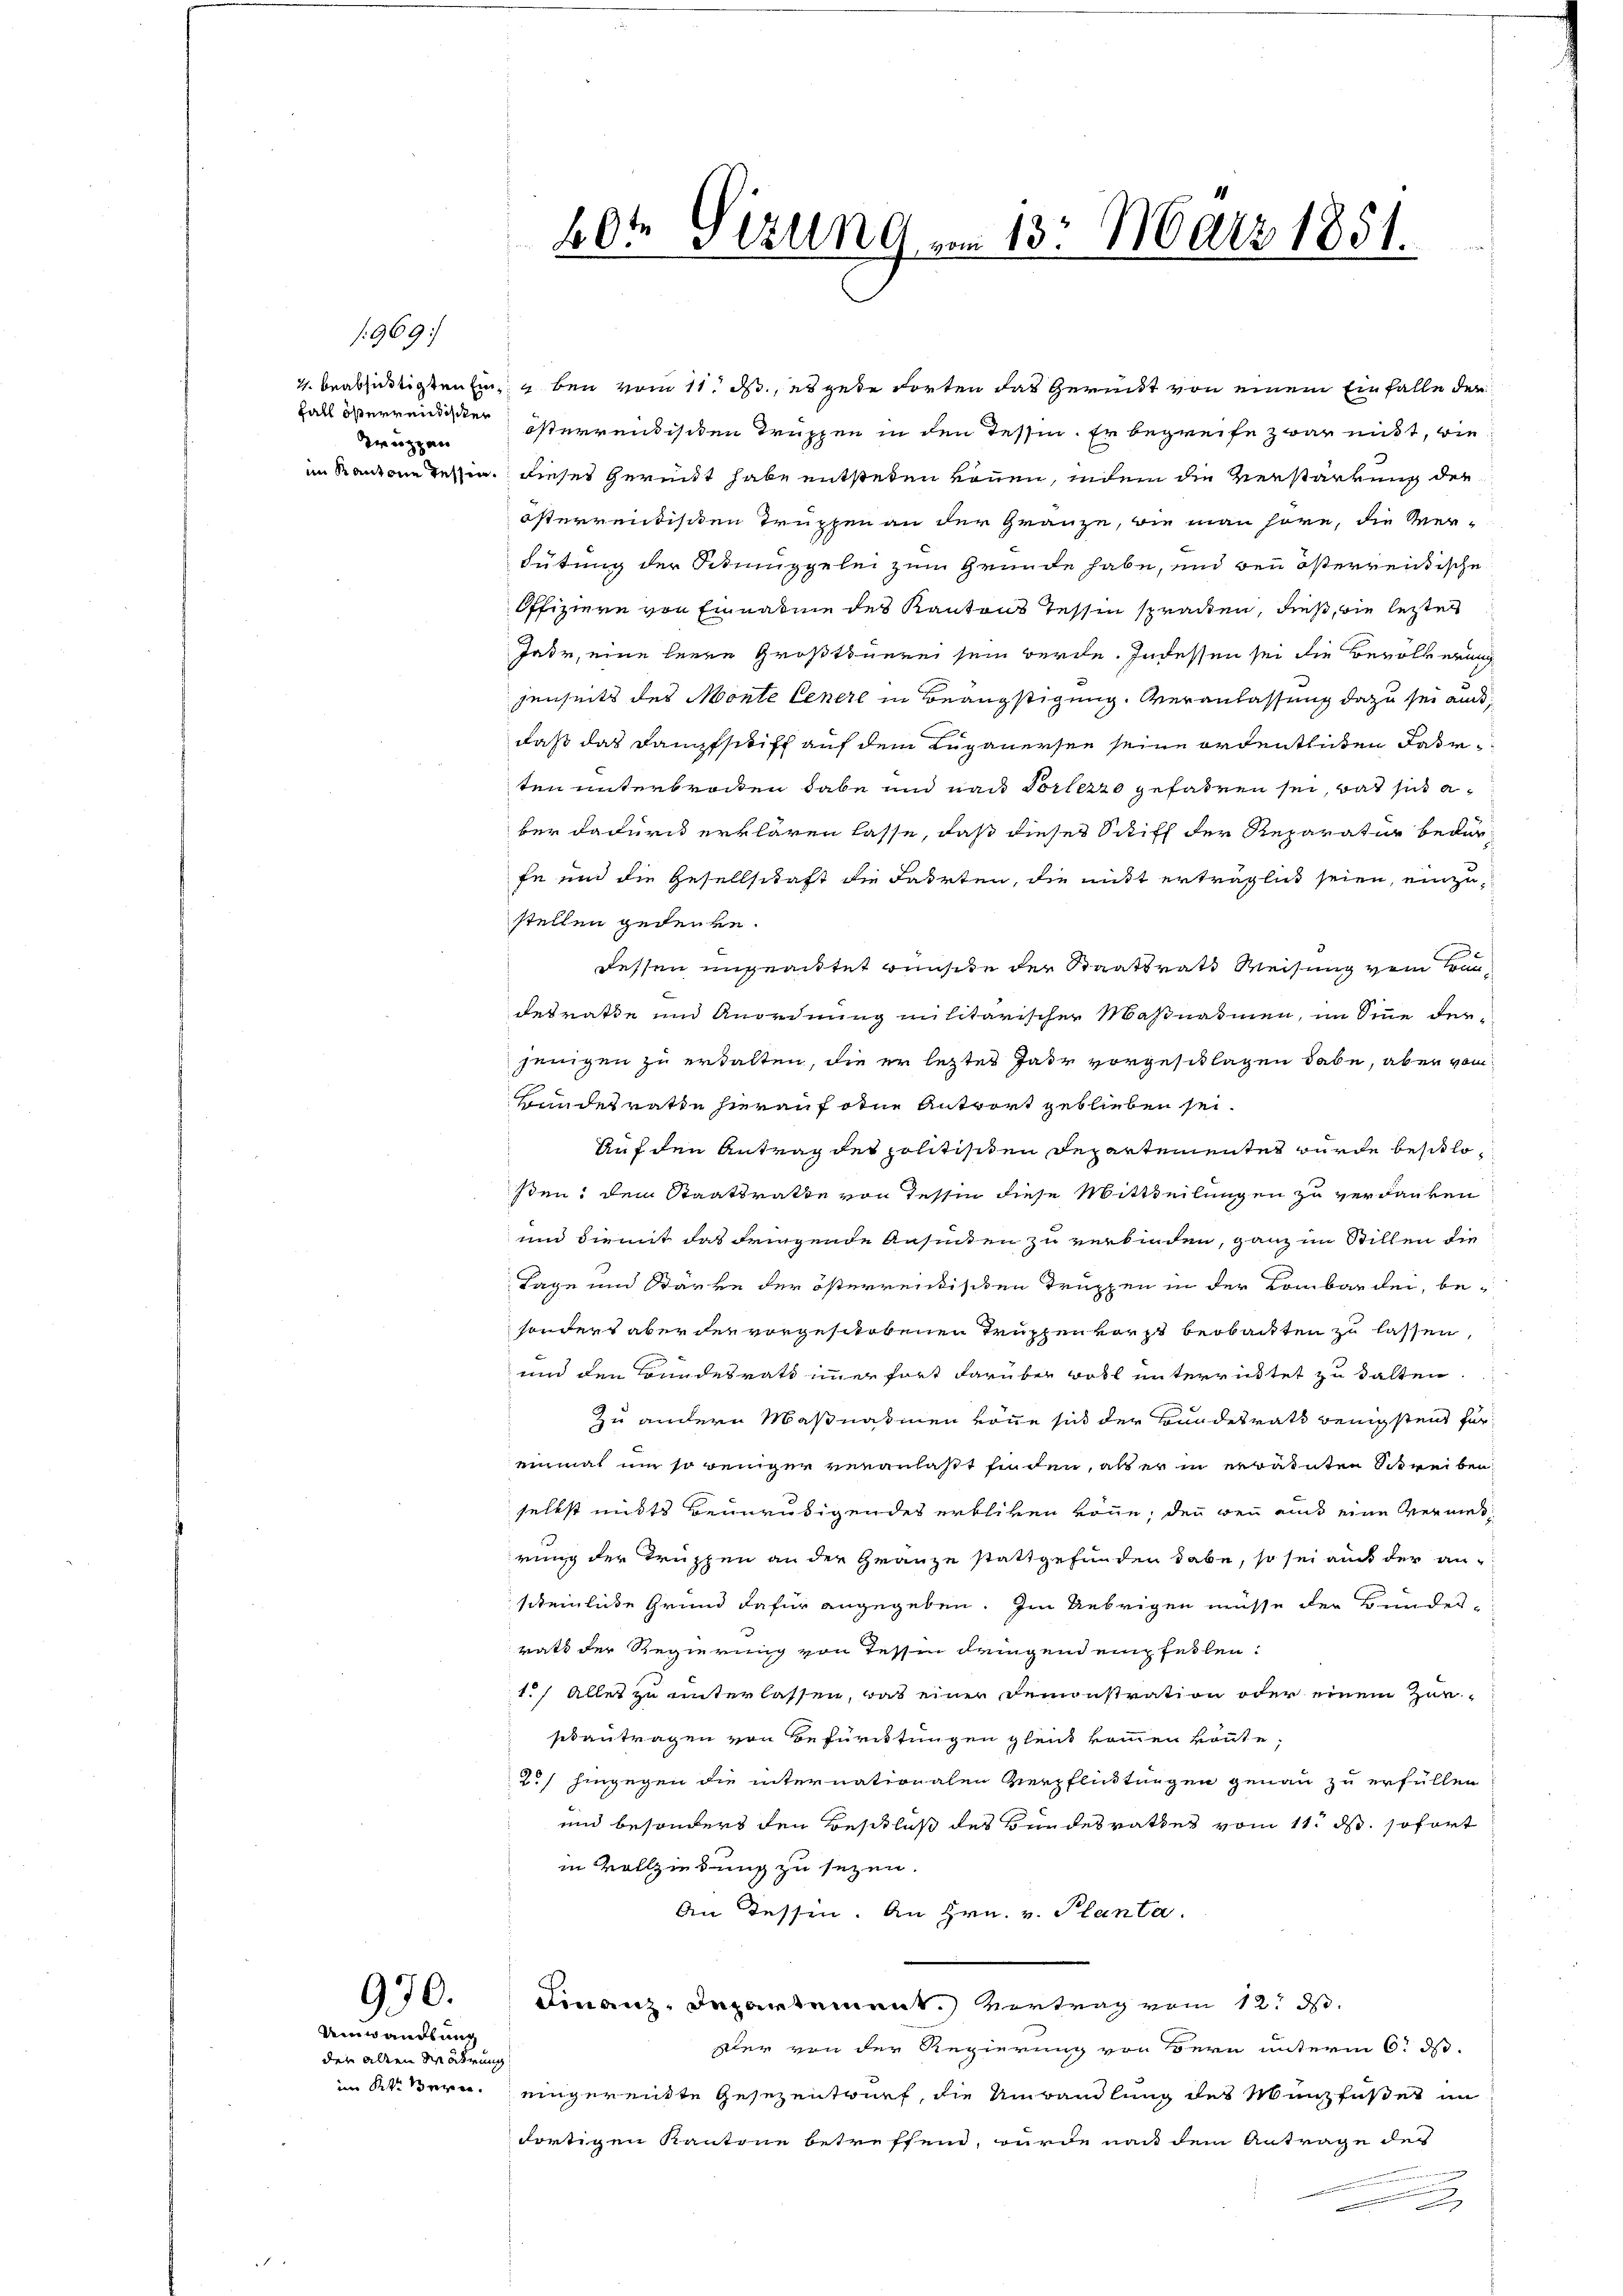
1969

Fall österrentiner
Zuzzen

970.

Umwandlung
den allen Mörderung

te
46. Sizung vom 13. März 1851.

4. beabsichtigten Ein u ben vom 11. ds., es gede dorten das Gericht von einem Einfalle der
österrentischen Truppen in den Tessin. Er begreife zwar mißt, wie
im Kantone Tessin. Dieses Gerückt habe entstehen können, indem die Verstärkung der
österrentischen Truppen an der Gränze, wie man höre, die Ver-
Fütung der Fiduggelei zum Grunde habe, und den österreichische
Offiziere von Einnahme des Kantons Tessin spracken, dieß, die letzter
Jahr, eine Herrn Großtinerei sein werde. Indessen sei die Bevölkerung
jenseits des Monte Genere in Beängstigung. Veranlassung dazu sei auch,
daß das Dampfschiff auf dem Luganersee seine ordentlichen Jahrten unterbrochen habe und nach Torterzo gefahren sei, bat sich a
ber dadurch erklären lasse, daß dieses Schiff der Reparatur bedürfe und die Gesellschaft die Fahrten, die mitt erträglich seien, einzustellen gedenke.
dessen ungeachtet wünsche der Staatsrath Weisung von Frandesrathe und Anordnung militarischer Maßnahmen, im Sinne der
jenigen zu erhalten, die er lezter Jahr vorgeschlagen habe, aber vom
Bundesrathe hierauf ohne Antwort geblieben sei.
Auf den Antrag des politischen Departementes wurde beschlo
sten dem Staatsrathe von Tessin diese Mittheilungen zu verdanken
und diemit das dringende Ansichen zu verbinden, ganz im Stillen die
Lage und Stärke der österrentischen Truppen in der Lombardei, besonders aber der vorgeschobenen Truppen vorst beobachten zu lassen,
und den Bundesrath immer fort darüber Bott unterrichtet zu kalten.
Zu andern Maßnahmen könne sich der Bundesrath wenigstent füreinmal um so reiniger veranlaßt finden, als er in erwähnten Schreiben
selbst mits beunruhigendes erbliben könne, den wenn auch eine Vermesrung der Truppen an der Gränze stattgefunden habe, so sei auch der an-
scheinliche Grund dafür angegeben. Im Uebrigen müsse der Bundes-
ratt der Regierung von Tessin dringend ein feilen.
1.) Alles zu unterlassen, das einer Demonstration oder einem Zur-
sisantragen von Befürchtungen gleich kommen könnte;
2) hingegen die internationalen Verpflichtungen genau zu erfüllen
und besonders den Beschluß des Bundesrathes vom 11. ds. sofort
in Vollziehung zu sezen.
An Tessin. An Hrn. v. Planta.
Finanz-Departement.) Vertrag vom 12. ds.
sler von der Regierung von Bern unterm 6. ds.
im Kaisern eingereitte Gesezentwurf, die Umwandlung des Münzfaßet im
fortigen Kantone betreffend, wurde nacht dem Antrage der